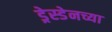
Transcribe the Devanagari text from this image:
ड्रेस्डेनच्या